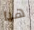
هيا